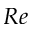
R e